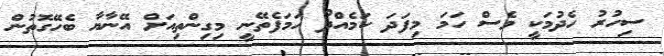
ސިހުރު ހެދުމަކީ ވެސް ހަމަ މިފަދަ ކަމެއްދޯ ހަމަފެތޭނީ މިގިންތިއަށް އޭނާޔާ ބެހޭގޮތުން